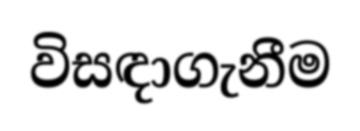
විසඳාගැනීම